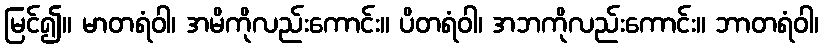
မြင်၍။ မာတရံဝါ၊ အမိကိုလည်းကောင်း။ ပိတရံဝါ၊ အဘကိုလည်းကောင်း။ ဘာတရံဝါ၊